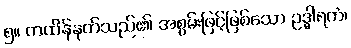
၅။ ကထိန်နုတ်သည်၏ အစွမ်းဖြင့်ဖြစ်သော ဥဒ္ဓါရကံ၊